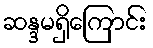
ဆန္ဒမရှိကြောင်း